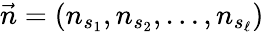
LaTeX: \vec{n}=(n_{s_{1}},n_{s_{2}},\ldots,n_{s_{\ell}})